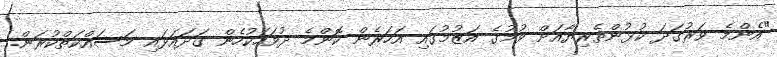
"އެންމެ ވަރުގަދަ ކުޅުންތެރިޔާއަށް ވުމުގެ އަޒުމުގައި އަހަރެން ކޮންމެ ދުވަހަކުހެން ގަދައަޅައި މަސައްކަތްކުރަން.